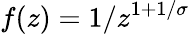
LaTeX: f(z)=1/z^{1+1/\sigma}